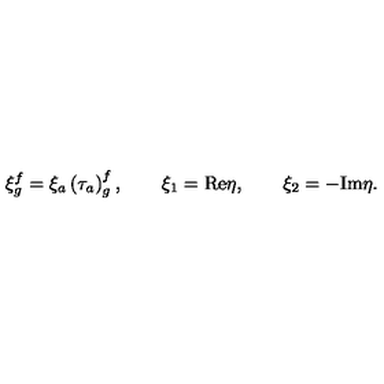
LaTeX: \xi _ { g } ^ { f } = \xi _ { a } \left( \tau _ { a } \right) _ { g } ^ { f } , \qquad \xi _ { 1 } = \mathrm { R e } \eta , \qquad \xi _ { 2 } = - \mathrm { I m } \eta .